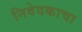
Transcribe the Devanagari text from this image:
निवेदकाचा